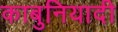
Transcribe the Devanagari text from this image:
काबुनियादी